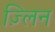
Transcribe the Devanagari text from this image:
ज़्लिन